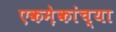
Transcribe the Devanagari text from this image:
एकमे़कांच्या